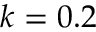
k = 0 . 2